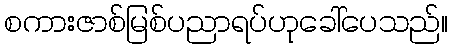
စကားဇာစ်မြစ်ပညာရပ်ဟုခေါ်ပေသည်။